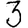
Digit: 3